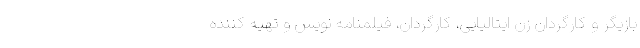
بازیگر و کارگردان زن ایتالیایی، کارگردان، فیلمنامه نویس و تهیه کننده